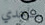
ساعدي